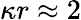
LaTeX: \kappa r\approx 2